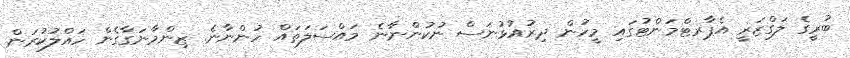
ބުރީގެ ލަގްޒަރީ އެޕާރޓްމަންޓުގައި މީހުން ދިރުއުޅުނަސް ނުކުންނާނެ މައްސަލަތައް ހުންނާނެ. ޒިންމާނަގާގެން ހައްލުކުރަން